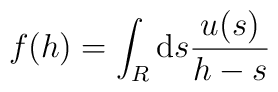
f (h) = \int_R {\rm d}s \frac{u(s)}{h-s}